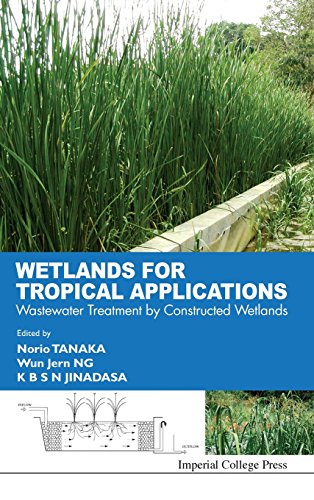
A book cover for Wetlands for Tropical Applications: Wastewater Treatment by Constructed Wetlands; Norio Tanaka; Science & Math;